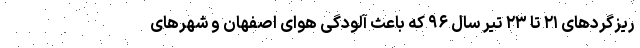
ریزگردهای ۲۱ تا ۲۳ تیر سال ۹۶ که باعث آلودگی هوای اصفهان و شهرهای